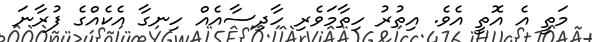
މަތީ އެ އޮތީ އެވެ. އިތުރު ހިތާމަވެރި ހާދިސާއެއް ހިނގާ އެކެއްގެ ފުރާނަ